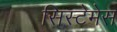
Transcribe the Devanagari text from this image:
सिस्टेमेस